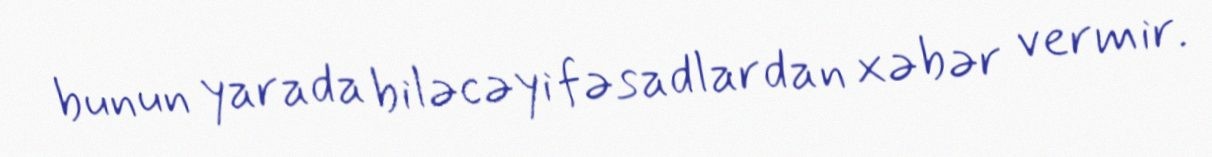
bunun yarada biləcəyi fəsadlardan xəbər vermir.